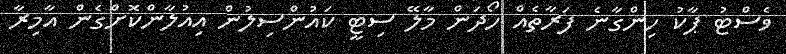
ވެސްޓު ޕާކު ހިންގާނެ ފަރާތެއް ހޯދަން މާލޭ ސިޓީ ކައުންސިލުން އިއުލާންކޮށްގެން އާމިރާ